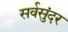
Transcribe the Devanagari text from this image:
सर्वसुंदर